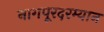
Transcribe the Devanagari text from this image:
नागपूरदरम्यान